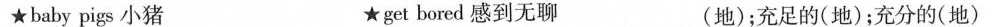
★baby pigs小猪 ★get bored感到无聊 (地)；充足的(地)；充分的(地)